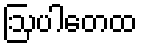
ဩပါတေထ